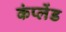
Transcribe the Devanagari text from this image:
कंप्लेंड